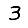
Digit: 3